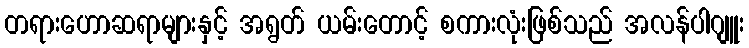
တရားဟောဆရာများနှင့် အရွတ် ယမ်းတောင့် စကားလုံးဖြစ်သည် အလန်ပါဂျူး